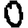
Digit: 0